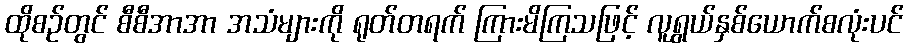
ထိုစဉ်တွင် စီစီအာအာ အသံများကို ရုတ်တရက် ကြားမိကြသဖြင့် လူရွယ်နှစ်ယောက်စလုံးပင်